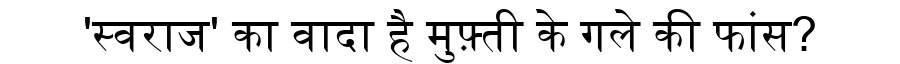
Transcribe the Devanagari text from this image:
'स्वराज' का वादा है मुफ़्ती के गले की फांस?